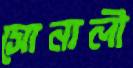
সোনালী